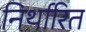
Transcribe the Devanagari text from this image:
निर्थारित